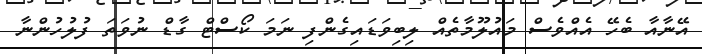
އޭނާއާ ބެހޭ އެއްވެސް މައުލޫމާތެއް ލިބިވަޑައިގެންފި ނަމަ ކޯސްޓް ގާޑް ނުވަތަ ފުލުހުންނާ